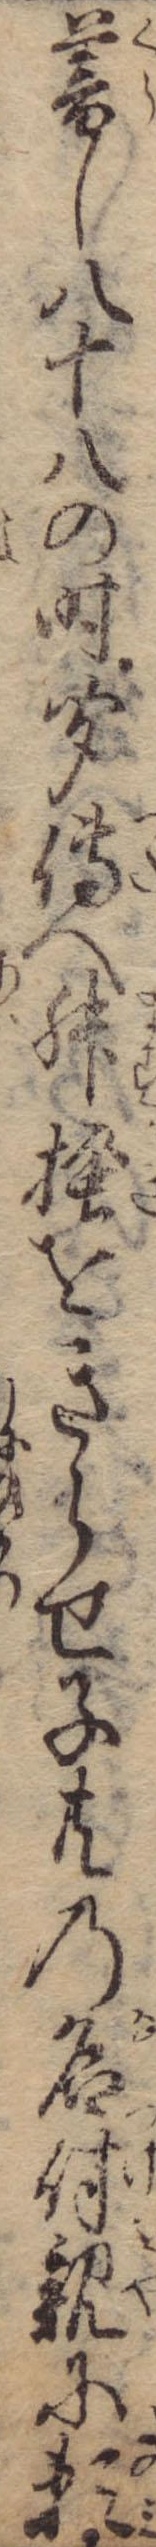
暮し八十八の時聞伝へ舛掻をきらせ子共の名付親に頼